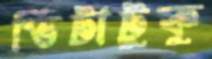
ভিটাটুকু